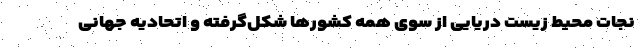
نجات محیط زیست دریایی از سوی همه کشورها شکل‌گرفته و اتحادیه جهانی